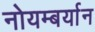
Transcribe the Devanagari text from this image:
नोयम्बर्यान